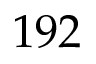
1 9 2